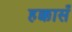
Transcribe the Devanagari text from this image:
हक्कासँ